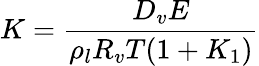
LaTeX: K=\frac{D_{v}E}{\rho_{l}R_{v}T(1+K_{1})}